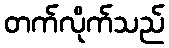
တက်လိုက်သည်